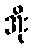
အိုး